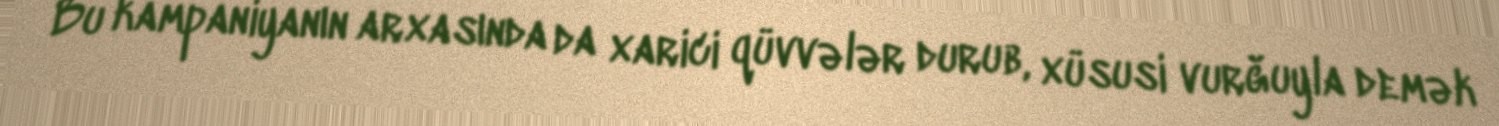
Bu kampaniyanın arxasında da xarici qüvvələr durub, xüsusi vurğuyla demək